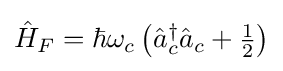
{\textstyle {\hat {H}}_{F}=\hbar \omega _{c}\left({\hat {a}}_{c}^{\dagger }{\hat {a}}_{c}+{\frac {1}{2}}\right)}